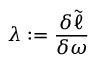
\lambda : = \frac { \delta \tilde { \ell } } { \delta \omega }